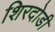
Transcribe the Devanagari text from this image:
शिरदोडी